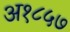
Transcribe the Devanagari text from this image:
अ१८५७